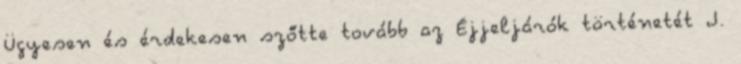
Ügyesen és érdekesen szőtte tovább az Éjjeljárók történetét J.